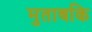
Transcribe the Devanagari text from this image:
मुताबकि